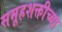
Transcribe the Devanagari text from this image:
समूहशक्तीच्या